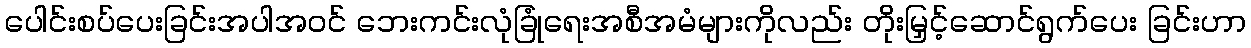
ပေါင်းစပ်ပေးခြင်းအပါအဝင် ဘေးကင်းလုံခြုံရေးအစီအမံများကိုလည်း တိုးမြှင့်ဆောင်ရွက်ပေး ခြင်းဟာ